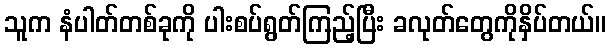
သူက နံပါတ်တစ်ခုကို ပါးစပ်ရွတ်ကြည့်ပြီး ခလုတ်တွေကိုနှိပ်တယ်။